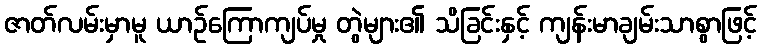
ဇာတ်လမ်းမှာမူ ယာဉ်ကြောကျပ်မှု တွဲများ၏ သိခြင်းနှင့် ကျန်းမာချမ်းသာစွာဖြင့်